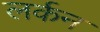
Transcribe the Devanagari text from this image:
लर्कन